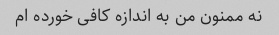
نه ممنون من به اندازه کافی خورده ام